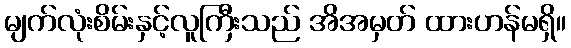
မျက်လုံးစိမ်းနှင့်လူကြီးသည် အိအမှတ် ထားဟန်မရှိ။